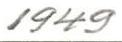
1949